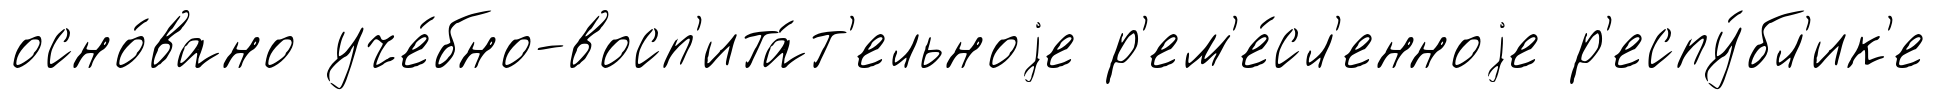
осно́вано уче́бно-восп'ита́т'ельноjе р'ем'е́сл'енноjе р'еспу́бл'ик'е